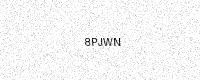
Text: 8PJWN